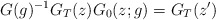
\begin{align*}G(g)^{-1}G_{T}(z)G_{0}(z;g)=G_{T}(z^{\prime})\end{align*}